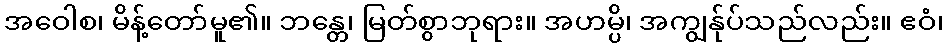
အဝေါစ၊ မိန့်တော်မူ၏။ ဘန္တေ၊ မြတ်စွာဘုရား။ အဟမ္ပိ၊ အကျွန်ုပ်သည်လည်း။ ဧဝံ၊